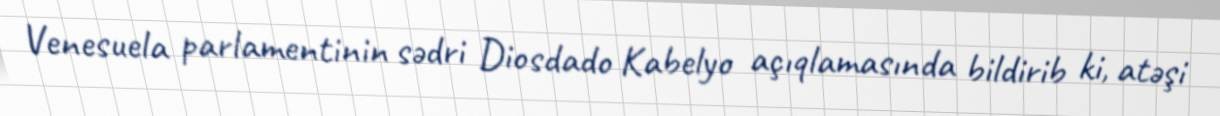
Venesuela parlamentinin sədri Diosdado Kabelyo açıqlamasında bildirib ki, atəşi